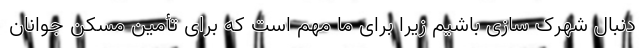
دنبال شهرک سازی باشیم زیرا برای ما مهم است که برای تأمین مسکن جوانان